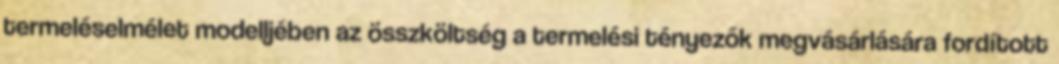
termeléselmélet modelljében az összköltség a termelési tényezők megvásárlására fordított